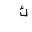
Letter: _kaf